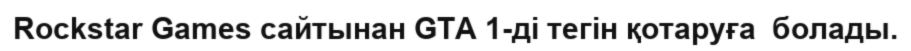
Rockstar Games сайтынан GTA 1-ді тегін қотаруға  болады.